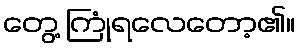
တွေ့ ကြုံရလေတော့၏။